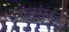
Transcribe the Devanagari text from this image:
चतुराईने